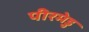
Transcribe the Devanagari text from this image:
पीरमेडु